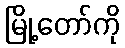
မြို့တော်ကို